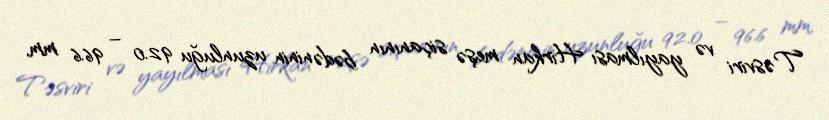
Təsviri və yayılması Hirkan meşə siçanının bədəninin uzunluğu 92.0 – 96.6 mm,